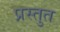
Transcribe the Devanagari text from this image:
प्रस्‍तुत